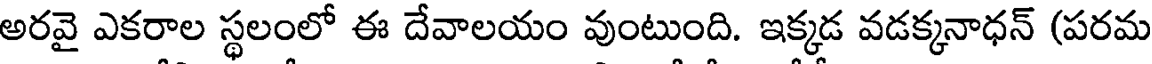
అరవై ఎకరాల స్థలంలో ఈ దేవాలయం వుంటుంది. ఇక్కడ వడక్కనాధన్ (పరమ